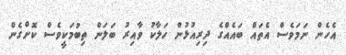
އެހެން ނަމަވެސް އެތައް ބައެއްގެ ދިރިއުޅުން ހަލާކު ވާއިރު ބަލަން ތިބުމަކީވެސް ކޮށްގެން